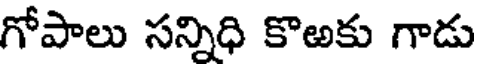
గోపాలు సన్నిధి కొఱకు గాడు